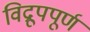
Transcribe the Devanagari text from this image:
विद्रूपपूर्ण